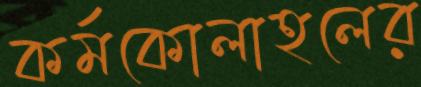
কর্মকোলাহলের